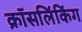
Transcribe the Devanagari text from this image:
क्रॉसलिंकिंग